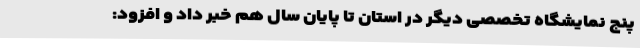
پنج نمایشگاه تخصصی دیگر در استان تا پایان سال هم خبر داد و افزود: